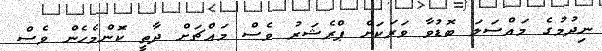
ނިދުމުގެ މައްސަލަ ބޮޑުވާ ވަރަކަށް ޕްރެޝަރު ވެސް މައްޗަށް ދާތީ ކޮންމެހެން ވެސް